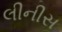
લીનીસ